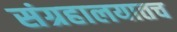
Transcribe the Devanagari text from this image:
संग्रहालयातच